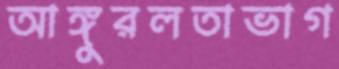
আঙ্গুরলতাভাগ